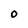
Character: O